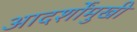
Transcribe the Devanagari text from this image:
आदर्शोंमुखी